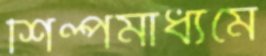
শিল্পমাধ্যমে